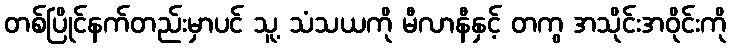
တစ်ပြိုင်နက်တည်းမှာပင် သူ့ သံသယကို မီလာနီနှင့် တကွ အသိုင်းအဝိုင်းကို